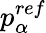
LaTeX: p_{\alpha}^{ref}